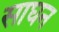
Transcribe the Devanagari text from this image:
साघन